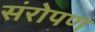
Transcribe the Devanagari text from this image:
संरोपण